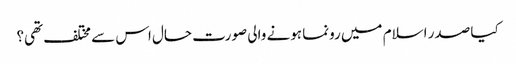
کیا صدر اسلام میں رونما ہونے والی صورت حال اس سے مختلف تھی؟